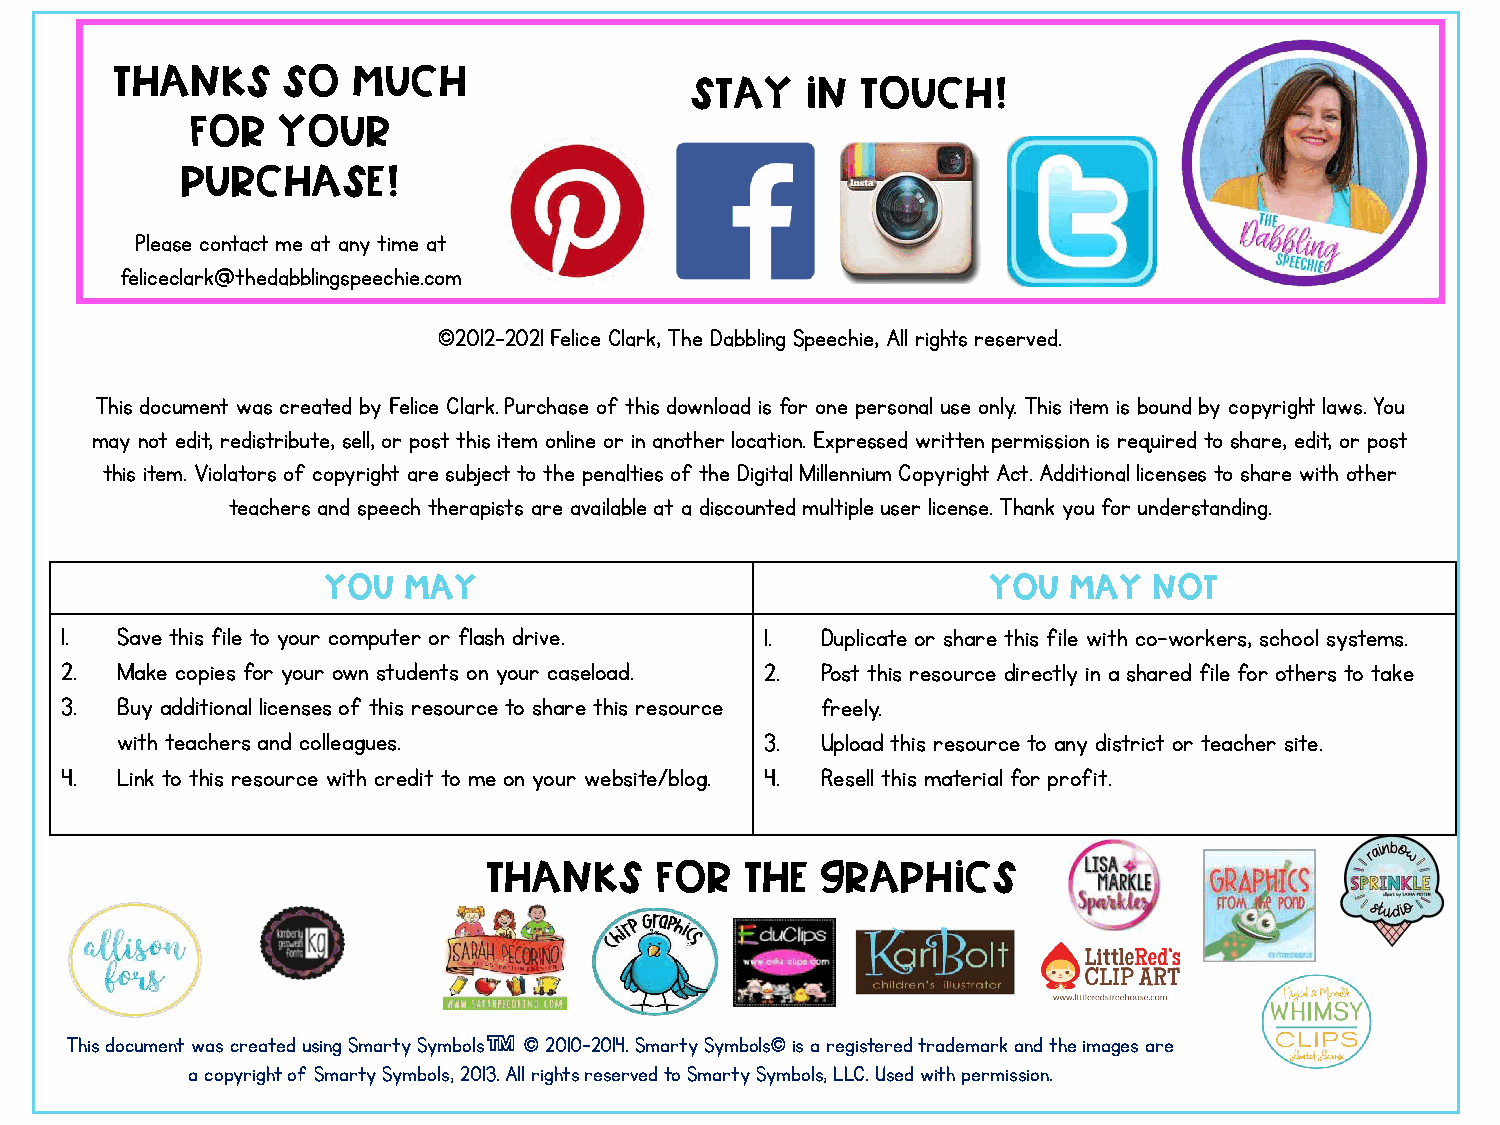
Thanks     so  much
 Stay   In  touch!
 for  your
 purchase!
 Please contact me at any time at
 feliceclark@thedabblingspeechie.com
 ©2012-2021 Felice Clark, The Dabbling Speechie, All rights reserved.
 This document was created by Felice Clark. Purchase of this download is for one personal use only. This item is bound by copyright laws. You
 may not edit, redistribute, sell, or post this item online or in another location. Expressed written permission is required to share, edit, or post
 this item. Violators of copyright are subject to the penalties of the Digital Millennium Copyright Act. Additional licenses to share with other
 teachers and speech therapists are available at a discounted multiple user license. Thank you for understanding.
 You  May                                    You  May  Not
 1.  Save this file to your computer or flash drive. 1. Duplicate or share this file with co-workers, school systems.
 2.  Make copies for your own students on your caseload. 2. Post this resource directly in a shared file for others to take
 3.  Buy additional licenses of this resource to share this resource freely.
 with teachers and colleagues.              3. Upload this resource to any district or teacher site.
 4.  Link to this resource with credit to me on your website/blog. 4. Resell this material for profit.
 Thanks     for   the  graphics
 This document was created using Smarty Symbols™ © 2010-2014. Smarty Symbols© is a registered trademark and the images are
 a copyright of Smarty Symbols, 2013. All rights reserved to Smarty Symbols, LLC. Used with permission.